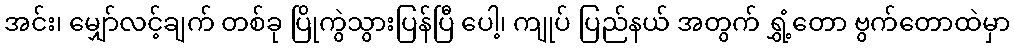
အင်း၊ မျှော်လင့်ချက် တစ်ခု ပြိုကွဲသွားပြန်ပြီ ပေါ့၊ ကျုပ် ပြည်နယ် အတွက် ရွှံ့တော ဗွက်တောထဲမှာ